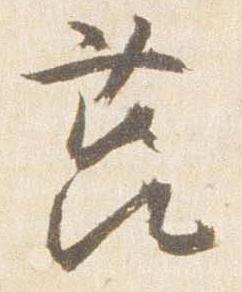
筥